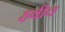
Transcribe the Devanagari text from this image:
हवीच